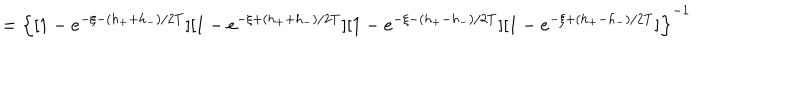
= \left\{ [ 1 - e ^ { - \xi - ( h _ { + } + h _ { - } ) / 2 T } ] [ 1 - e ^ { - \xi + ( h _ { + } + h _ { - } ) / 2 T } ] [ 1 - e ^ { - \xi - ( h _ { + } - h _ { - } ) / 2 T } ] [ 1 - e ^ { - \xi + ( h _ { + } - h _ { - } ) / 2 T } ] \right\} ^ { - 1 }